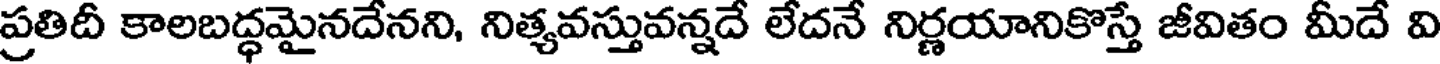
ప్రతిదీ కాలబద్ధమైనదేనని, నిత్యవస్తువన్నదే లేదనే నిర్ణయానికొస్తే జీవితం మీదే వి